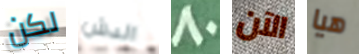
لكن الدش 80 الآن هيا